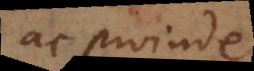
nec proinde